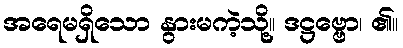
အရေမရှိသော နွားမကဲ့သို့။ ဒဋ္ဌဗ္ဗော၊ ၏။